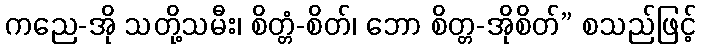
ကညေ-အို သတို့သမီး၊ စိတ္တံ-စိတ်၊ ဘော စိတ္တ-အိုစိတ်” စသည်ဖြင့်